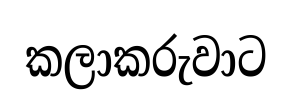
කලාකරුවාට